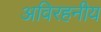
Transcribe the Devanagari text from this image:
अविरहनीय